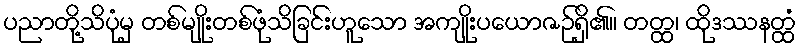
ပညာတို့သိပုံမှ တစ်မျိုးတစ်ဖုံသိခြင်းဟူသော အကျိုးပယောဇဉ်ရှိ၏။ တတ္ထ၊ ထိုဒဿနတ္ထံ